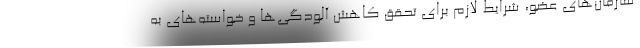
سازمان‌های عضو، شرایط لازم برای تحقق کاهش آلودگی‌ها و خواسته‌های به